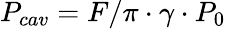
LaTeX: P_{cav}={F/\pi}\cdot{\gamma}\cdot{P_{0}}